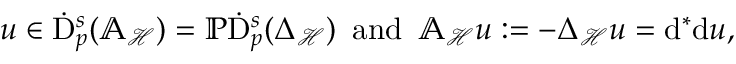
\begin{array} { r } { u \in \dot { \mathrm { D } } _ { p } ^ { s } ( { \mathbb { A } _ { \mathcal { H } } } ) = \mathbb { P } \dot { \mathrm { D } } _ { p } ^ { s } ( { \Delta _ { \mathcal { H } } } ) \, \mathrm { ~ a n d ~ } \, \mathbb { A } _ { \mathcal { H } } u : = - { \Delta _ { \mathcal { H } } } u = \mathrm { d } ^ { \ast } \mathrm { d } u \mathrm { , ~ } } \end{array}